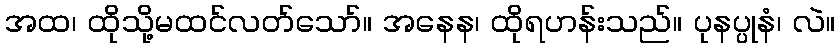
အထ၊ ထိုသို့မထင်လတ်သော်။ အနေန၊ ထိုရဟန်းသည်။ ပုနပ္ပုနံ၊ လဲ။